Civil Veterinary Dept. Bombay admin report 1923-31 - 1923-1931
Year: 1923
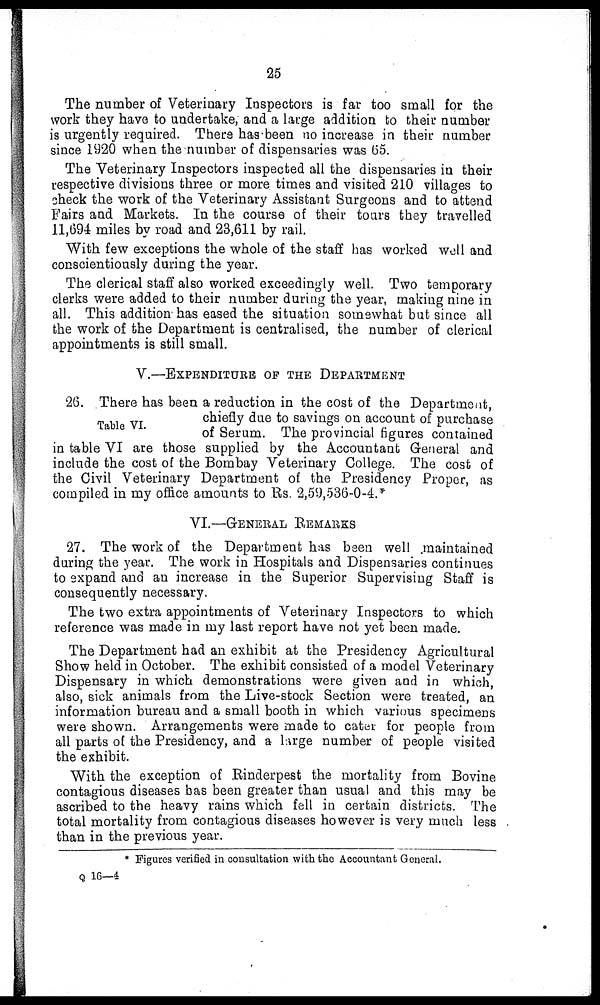
25
The number of Veterinary Inspectors is far too small for the
work they have to undertake, and a large addition to their number
is urgently required. There has been no increase in their number
since 1920 when the number of dispensaries was 65.
The Veterinary Inspectors inspected all the dispensaries in their
respective divisions three or more times and visited 210 villages to
check the work of the Veterinary Assistant Surgeons and to attend
Fairs and Markets. In the course of their tours they travelled
11,1594 miles by road and 23,611 by rail.
With few exceptions the whole of the staff has worked well and
conscientiously during the year.
The clerical staff also worked exceedingly well. Two temporary
clerks were added to their number during the year, making nine in
all. This addition has eased the situation somewhat but since all
the work of the Department is centralised, the number of clerical
appointments is still small.
V.—EXPENDITURE OF THE DEPARTMENT
Table VI.
2(3. There has been a reduction in the cost of the Department,
chiefly due to savings on account of purchase
of Serum. The provincial figures contained
in table VI are those supplied by the Accountant General and
include the cost of the Bombay Veterinary College. The cost of
the Civil Veterinary Department of the Presidency Proper, as
compiled in my office amounts to Rs. 2,59,536-0-4.*
VI.—GENERAL
REMARKS.
27. The work of the Department has been well maintained
during the year. The work in Hospitals and Dispensaries continues
to expand and an increase in the Superior Supervising Staff is
consequently necessary.
The two extra appointments of Veterinary Inspectors to which
reference was made in my last report have not yet been made.
The Department had an exhibit at the Presidency Agricultural
Show held in October. The exhibit consisted of a model Veterinary
Dispensary in which demonstrations were given and in which,
also, sick animals from the Live-stock Section were treated, an
information bureau and a small booth in which various specimens
were shown. Arrangements were made to cater for people from
all parts of the Presidency, and a large number of people visited
the exhibit.
With the exception of Rinderpest the mortality from Bovine
contagious diseases has been greater than usual and this may be
ascribed to the heavy rains which fell in certain districts. The
total mortality from contagious diseases however is very much less
than in the previous year.
* Figures verified in consultation with the Accountant General.
Q 16—4